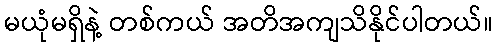
မယုံမရှိနဲ့ တစ်ကယ် အတိအကျသိနိုင်ပါတယ်။